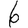
Digit: 6